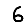
Digit: 6